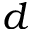
d